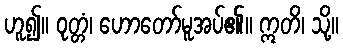
ဟူ၍။ ဝုတ္တံ၊ ဟောတော်မူအပ်၏။ ဣတိ၊ သို့။